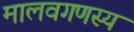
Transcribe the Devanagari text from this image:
मालवगणस्य